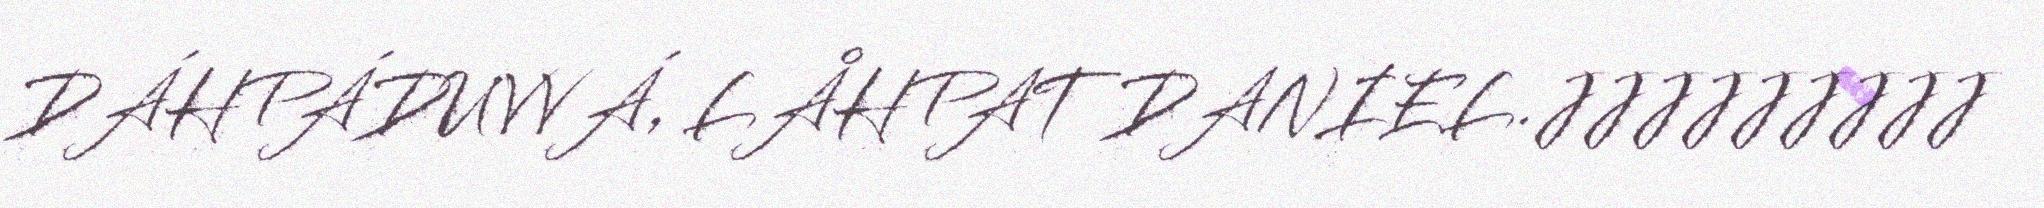
DÁHPÁDUVVÁ, LÅHPAT DANIEL.JJJJJJJJJ